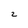
Character: 2